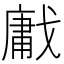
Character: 𢧳